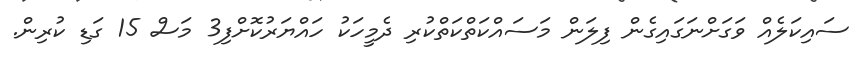
ސައިކަލެއް ވަގަށްނަގައިގެން ފިލަން މަސައްކަތްކަތްކުރި ދެމީހަކު ހައްޔަރުކޮށްފި3 މަސް 15 ގަޑި ކުރިން.